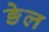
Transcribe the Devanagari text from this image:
ङेल